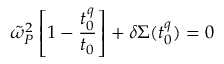
\tilde { \omega } _ { P } ^ { 2 } \left[ 1 - \frac { t _ { 0 } ^ { q } } { t _ { 0 } } \right] + { \delta } \Sigma ( t _ { 0 } ^ { q } ) = 0